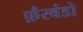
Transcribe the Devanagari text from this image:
फ़ैरबंडो